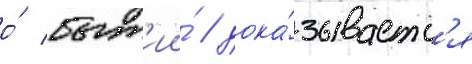
о́ быт'ии́ / дока́зываетс'я